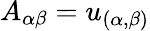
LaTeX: A_{\alpha\beta}=u_{(\alpha,\beta)}